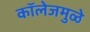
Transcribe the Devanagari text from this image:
कॉलेजमुळे